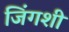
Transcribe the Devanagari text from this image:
जिंगशी